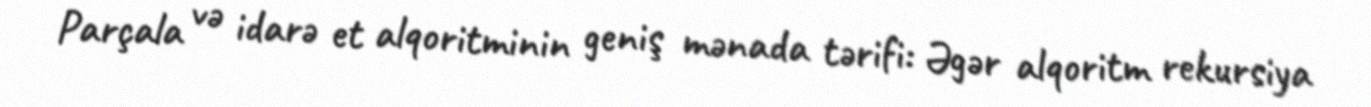
Parçala və idarə et alqoritminin geniş mənada tərifi: Əgər alqoritm rekursiya